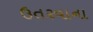
ઉતરવાના